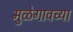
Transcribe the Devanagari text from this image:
मुळेगावच्या